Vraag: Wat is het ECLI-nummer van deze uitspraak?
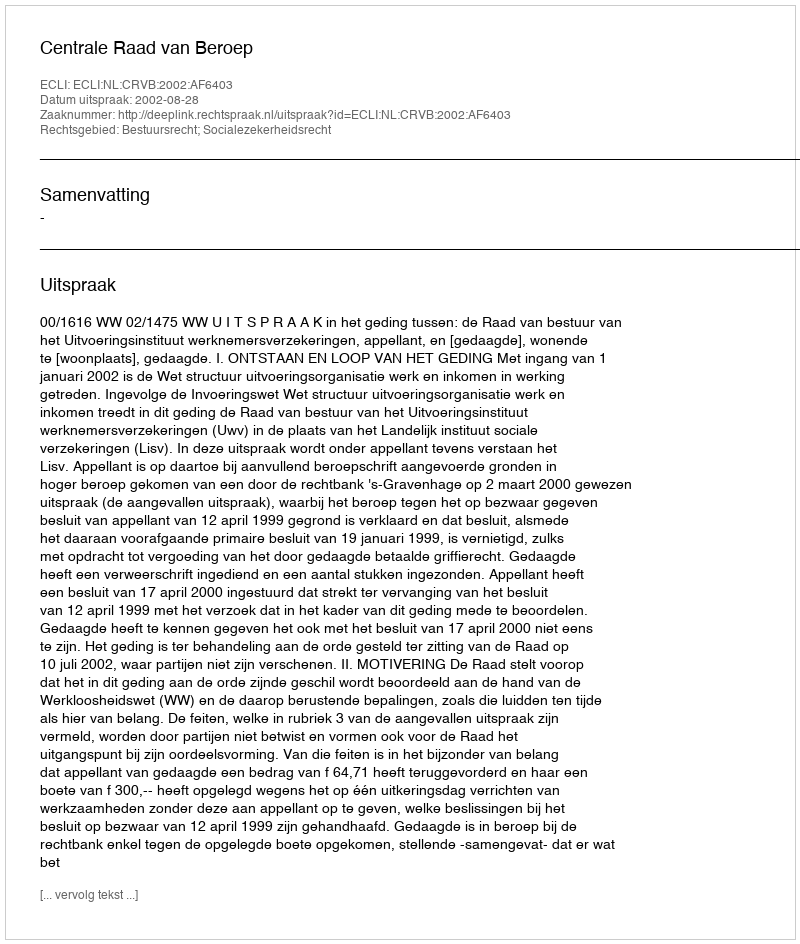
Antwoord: ECLI:NL:CRVB:2002:AF6403